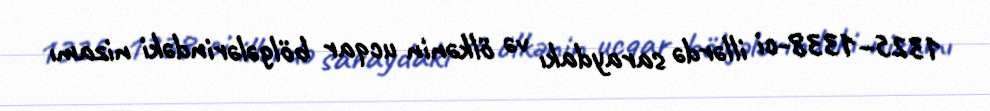
1325–1338-ci illərdə saraydakı və ölkənin ucqar bölgələrindəki nizamı